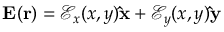
\mathbf { E } ( \mathbf { r } ) = \mathcal { E } _ { x } ( x , y ) \mathbf { \hat { x } } + \mathcal { E } _ { y } ( x , y ) \mathbf { \hat { y } }